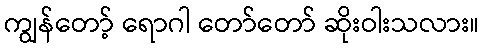
ကျွန်တော့် ရောဂါ တော်တော် ဆိုးဝါးသလား။